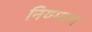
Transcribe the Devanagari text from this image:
नियम्त्रण